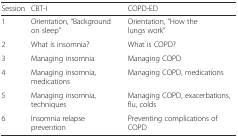
<table><thead><tr><td><b>Session</b></td><td><b>CBT-I</b></td><td><b>COPD-ED</b></td></tr></thead><tbody><tr><td>1</td><td>Orientation, “Background on sleep”</td><td>Orientation, “How the lungs work”</td></tr><tr><td>2</td><td>What is insomnia?</td><td>What is COPD?</td></tr><tr><td>3</td><td>Managing insomnia</td><td>Managing COPD</td></tr><tr><td>4</td><td>Managing insomnia, medications</td><td>Managing COPD, medications</td></tr><tr><td>5</td><td>Managing insomnia, techniques</td><td>Managing COPD, exacerbations, flu, colds</td></tr><tr><td>6</td><td>Insomnia relapse prevention</td><td>Preventing complications of COPD</td></tr></tbody></table>